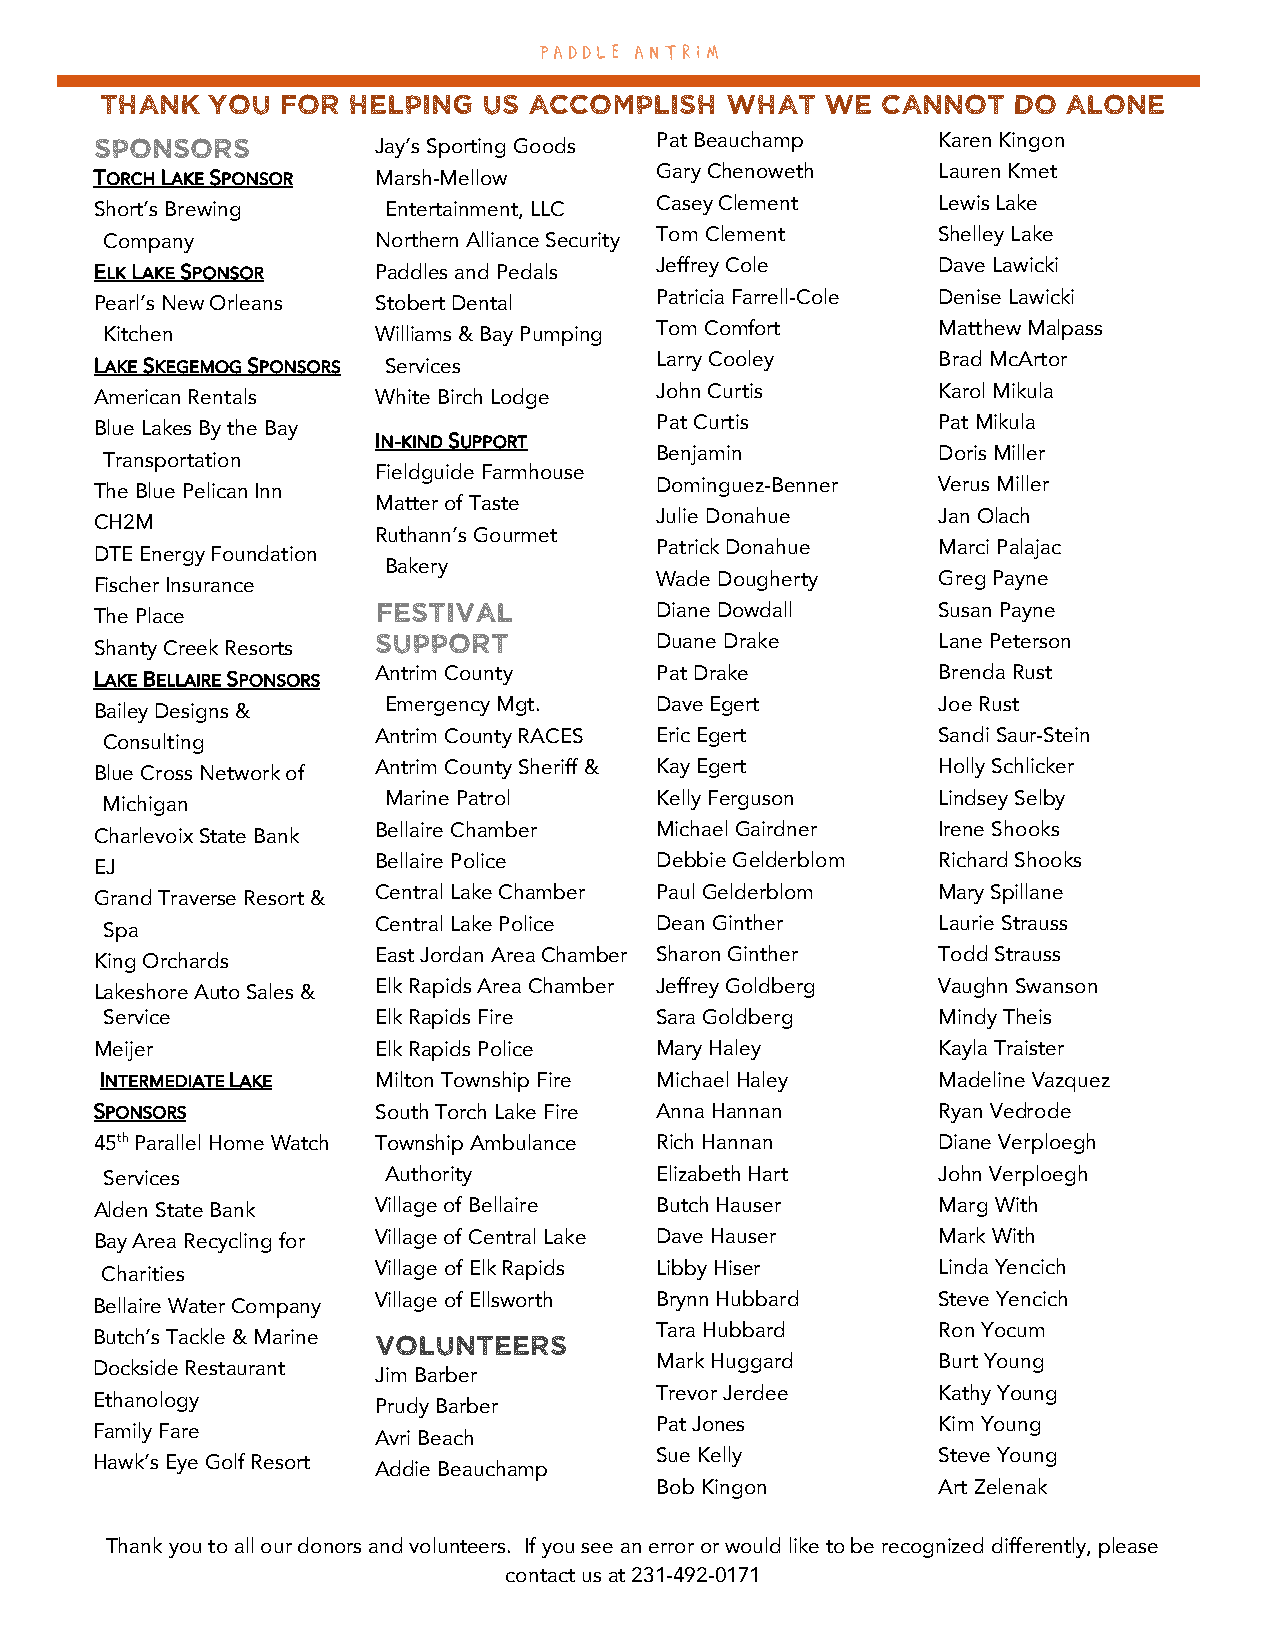
PA DDLE A N TRI M
 Thank  you  for helping  us accomplish   what   we cannot   do  alone
 Sponsors           Jay’s Sporting Goods Pat Beauchamp   Karen Kingon
 TORCH LAKE SPONSOR Marsh-Mellow      Gary Chenoweth     Lauren Kmet
 Short’s Brewing    Entertainment, LLC Casey Clement     Lewis Lake
 Company           Northern Alliance Security Tom Clement Shelley Lake
 ELK LAKE SPONSOR   Paddles and Pedals Jeffrey Cole      Dave Lawicki
 Pearl’s New Orleans Stobert Dental   Patricia Farrell-Cole Denise Lawicki
 Tom Comfort        Matthew Malpass
 Kitchen           Williams & Bay Pumping
 Larry Cooley       Brad McArtor
 LAKE SKEGEMOG SPONSORS Services
 John Curtis        Karol Mikula
 American Rentals   White Birch Lodge
 Pat Curtis         Pat Mikula
 Blue Lakes By the Bay
 IN-KIND SUPPORT
 Benjamin           Doris Miller
 Transportation
 Fieldguide Farmhouse
 Dominguez-Benner   Verus Miller
 The Blue Pelican Inn
 Matter of Taste
 Julie Donahue      Jan Olach
 CH2M
 Ruthann’s Gourmet
 Patrick Donahue    Marci Palajac
 DTE Energy Foundation
 Bakery
 Wade Dougherty     Greg Payne
 Fischer Insurance
 Festival          Diane Dowdall      Susan Payne
 The Place
 Support           Duane Drake        Lane Peterson
 Shanty Creek Resorts
 LAKE BELLAIRE SPONSORS Antrim County Pat Drake          Brenda Rust
 Bailey Designs &   Emergency Mgt.    Dave Egert         Joe Rust
 Consulting        Antrim County RACES Eric Egert       Sandi Saur-Stein
 Blue Cross Network of Antrim County Sheriff & Kay Egert Holly Schlicker
 Michigan          Marine Patrol     Kelly Ferguson     Lindsey Selby
 Charlevoix State Bank Bellaire Chamber Michael Gairdner Irene Shooks
 EJ                 Bellaire Police   Debbie Gelderblom  Richard Shooks
 Grand Traverse Resort & Central Lake Chamber Paul Gelderblom Mary Spillane
 Spa               Central Lake Police Dean Ginther     Laurie Strauss
 King Orchards      East Jordan Area Chamber Sharon Ginther Todd Strauss
 Lakeshore Auto Sales & Elk Rapids Area Chamber Jeffrey Goldberg Vaughn Swanson
 Service           Elk Rapids Fire   Sara Goldberg      Mindy Theis
 Meijer             Elk Rapids Police Mary Haley         Kayla Traister
 INTERMEDIATE LAKE Milton Township Fire Michael Haley   Madeline Vazquez
 SPONSORS           South Torch Lake Fire Anna Hannan    Ryan Vedrode
 45th Parallel Home Watch Township Ambulance Rich Hannan Diane Verploegh
 Services          Authority         Elizabeth Hart     John Verploegh
 Alden State Bank   Village of Bellaire Butch Hauser     Marg With
 Bay Area Recycling for Village of Central Lake Dave Hauser Mark With
 Village of Elk Rapids Libby Hiser    Linda Yencich
 Charities
 Bellaire Water Company Village of Ellsworth Brynn Hubbard Steve Yencich
 Tara Hubbard       Ron Yocum
 Butch’s Tackle & Marine Volunteers
 Mark Huggard       Burt Young
 Dockside Restaurant
 Jim Barber
 Trevor Jerdee      Kathy Young
 Ethanology
 Prudy Barber
 Pat Jones          Kim Young
 Family Fare
 Avri Beach
 Sue Kelly          Steve Young
 Hawk’s Eye Golf Resort
 Addie Beauchamp
 Bob Kingon         Art Zelenak
 Thank you to all our donors and volunteers. If you see an error or would like to be recognized differently, please
 contact us at 231-492-0171